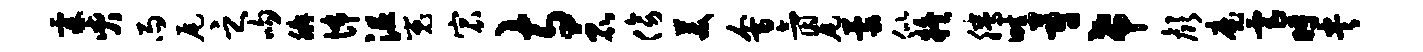
霖臾雨尾之吻腆怖沮嵬宸寺昆傍美会氤尾蒙似疑腾畦蔚希颜魔虐时央